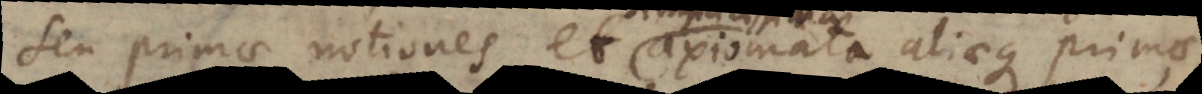
seu primae notiones, et axiomata aliaeque pri